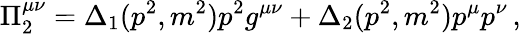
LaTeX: \Pi_{2}^{\mu\nu}=\Delta_{1}(p^{2},m^{2})p^{2}g^{\mu\nu}+\Delta_{2}(p^{2},m^{2})p^{\mu}p^{\nu}\, ,